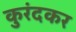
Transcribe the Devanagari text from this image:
कुरंदकर